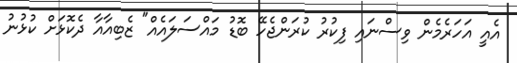
އެއީ އަހަރެމެން ވިސްނައި ފިކުރު ކުރަންޖެހޭ ބޮޑު މައްސަލައެއް" ޒެބިއާއާ ދެކޮޅަށް ކުޅުނު